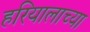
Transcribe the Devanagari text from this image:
हरियालाच्या